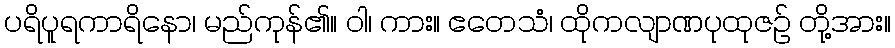
ပရိပူရကာရိနော၊ မည်ကုန်၏။ ဝါ၊ ကား။ ဧတေသံ၊ ထိုကလျာဏပုထုဇဉ် တို့အား။